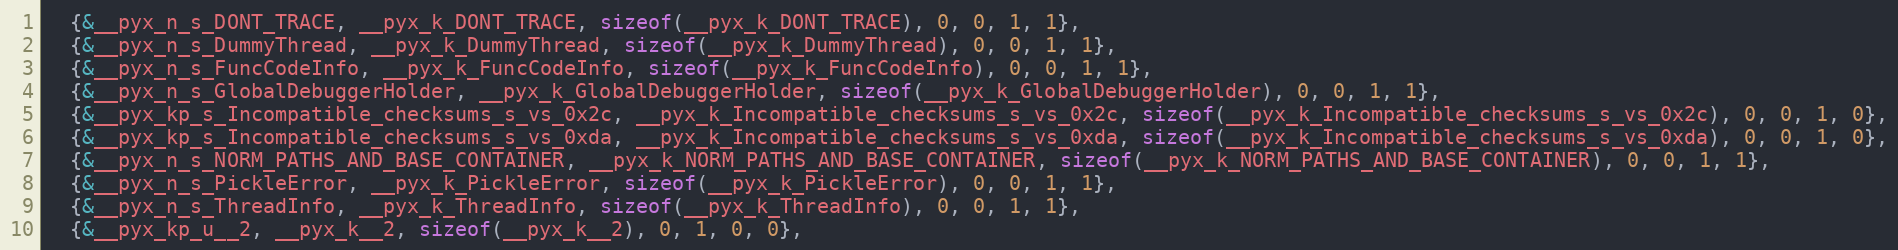
Language: C
  {&__pyx_n_s_DONT_TRACE, __pyx_k_DONT_TRACE, sizeof(__pyx_k_DONT_TRACE), 0, 0, 1, 1},
  {&__pyx_n_s_DummyThread, __pyx_k_DummyThread, sizeof(__pyx_k_DummyThread), 0, 0, 1, 1},
  {&__pyx_n_s_FuncCodeInfo, __pyx_k_FuncCodeInfo, sizeof(__pyx_k_FuncCodeInfo), 0, 0, 1, 1},
  {&__pyx_n_s_GlobalDebuggerHolder, __pyx_k_GlobalDebuggerHolder, sizeof(__pyx_k_GlobalDebuggerHolder), 0, 0, 1, 1},
  {&__pyx_kp_s_Incompatible_checksums_s_vs_0x2c, __pyx_k_Incompatible_checksums_s_vs_0x2c, sizeof(__pyx_k_Incompatible_checksums_s_vs_0x2c), 0, 0, 1, 0},
  {&__pyx_kp_s_Incompatible_checksums_s_vs_0xda, __pyx_k_Incompatible_checksums_s_vs_0xda, sizeof(__pyx_k_Incompatible_checksums_s_vs_0xda), 0, 0, 1, 0},
  {&__pyx_n_s_NORM_PATHS_AND_BASE_CONTAINER, __pyx_k_NORM_PATHS_AND_BASE_CONTAINER, sizeof(__pyx_k_NORM_PATHS_AND_BASE_CONTAINER), 0, 0, 1, 1},
  {&__pyx_n_s_PickleError, __pyx_k_PickleError, sizeof(__pyx_k_PickleError), 0, 0, 1, 1},
  {&__pyx_n_s_ThreadInfo, __pyx_k_ThreadInfo, sizeof(__pyx_k_ThreadInfo), 0, 0, 1, 1},
  {&__pyx_kp_u__2, __pyx_k__2, sizeof(__pyx_k__2), 0, 1, 0, 0},